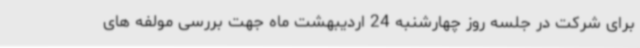
برای شرکت در جلسه روز چهارشنبه 24 اردیبهشت ماه جهت بررسی مولفه های